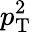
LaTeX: p_{\mathrm{T}}^{2}